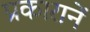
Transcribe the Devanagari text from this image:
प्रकारानें